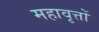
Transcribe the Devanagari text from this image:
महावृत्तों